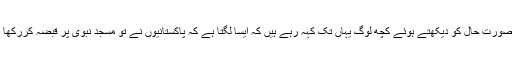
اس صورت حال کو دیکھتے ہوئے کچھ لوگ یہاں تک کہہ رہے ہیں کہ ایسا لگتا ہے کہ پاکستانیوں نے تو مسجد نبوی پر قبضہ کررکھا ہے۔